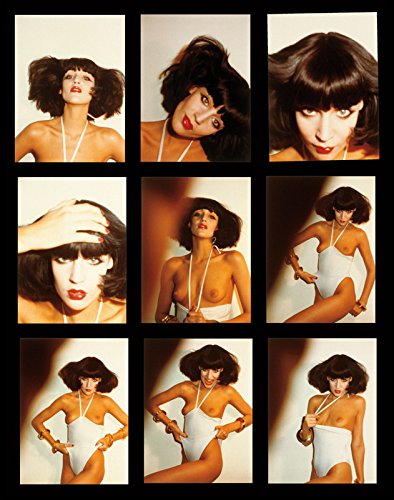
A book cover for Instamatics; Antonio Lopez; Arts & Photography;